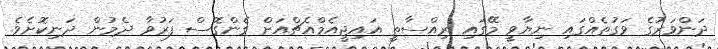
ދަންވަރުގެ ވަގުތެއްގައި ނިޔާވީ މޭގައި ރިއްސާތީ އައިޖީއެމްއެޗްއަށް ގެންގޮސް ފަރުވާ ދެމުން ދަނިކޮށެވެ.